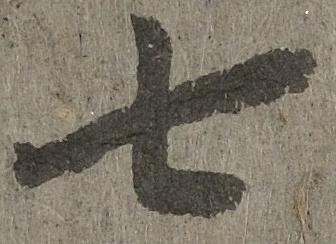
七